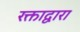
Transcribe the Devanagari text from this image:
रक्ताद्वारा